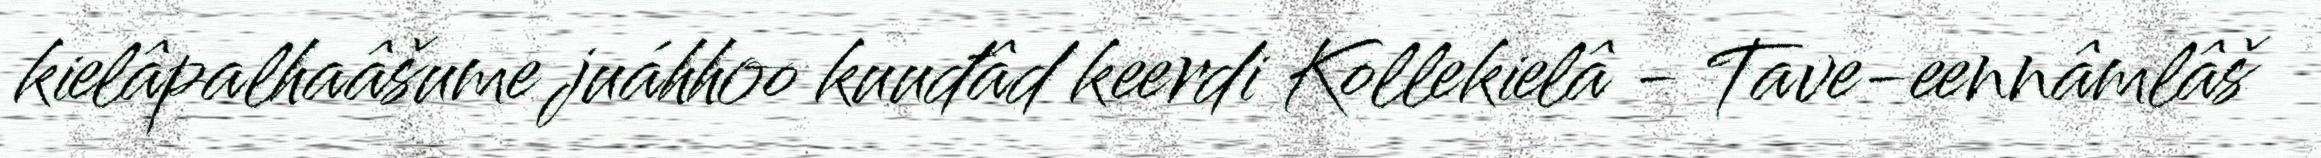
kielâpalhaâšume juáhhoo kuuđâd keerdi Kollekielâ - Tave-eennâmlâš